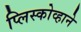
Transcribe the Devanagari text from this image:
प्लिस्कोव्हाने